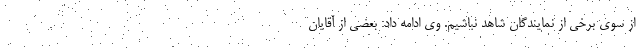
از سوی برخی از نمایندگان شاهد نباشیم. وی ادامه داد: بعضی از آقایان